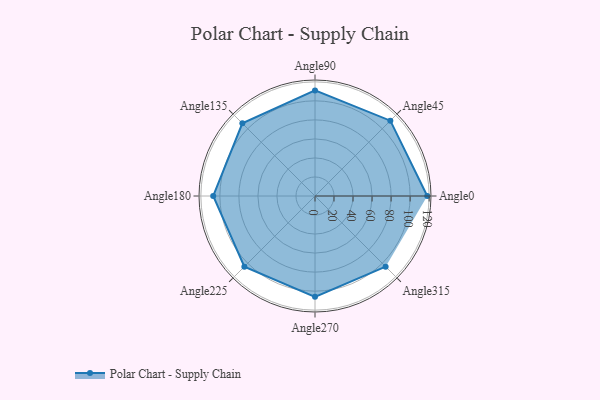
{"axis": {"x": "Angle", "y": "Radius"}, "legend": [""], "data": [{"x": "Angle0", "y": 118.0, "type": ""}, {"x": "Angle45", "y": 112.0, "type": ""}, {"x": "Angle90", "y": 111.0, "type": ""}, {"x": "Angle135", "y": 108.0, "type": ""}, {"x": "Angle180", "y": 107.0, "type": ""}, {"x": "Angle225", "y": 105.0, "type": ""}, {"x": "Angle270", "y": 106.0, "type": ""}, {"x": "Angle315", "y": 105.0, "type": ""}]}